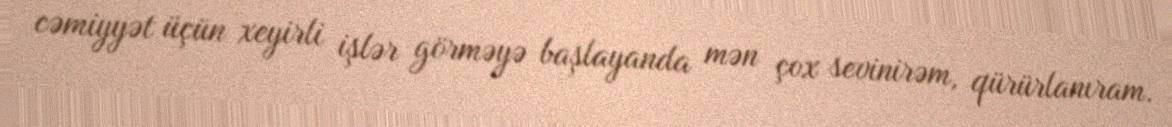
cəmiyyət üçün xeyirli işlər görməyə başlayanda mən çox sevinirəm, qürürlanıram.